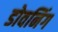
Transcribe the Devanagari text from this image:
डोवनिंग